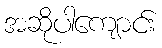
အဆိုပါကျောင်း